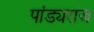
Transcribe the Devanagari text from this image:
पांड्यराज